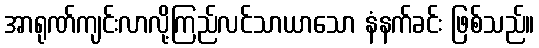
အာရုဏ်ကျင်းလာလို့ကြည်လင်သာယာသော နံနက်ခင်း ဖြစ်သည်။